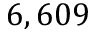
6 , 6 0 9